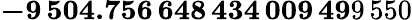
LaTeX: \mathbf{-9\, 504.756\, 648\, 434\, 009\, 49}9\, 550